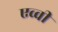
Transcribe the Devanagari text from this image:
एव्वी